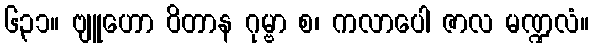
၆၃၁။ ဗျူဟော ဝိတာန ဂုမ္ဗာ စ၊ ကလာပေါ ဇာလ မဏ္ဍလံ။